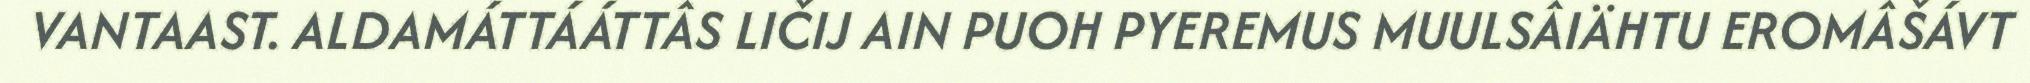
VANTAAST. ALDAMÁTTÁÁTTÂS LIČIJ AIN PUOH PYEREMUS MUULSÂIÄHTU EROMÂŠÁVT